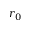
r _ { 0 }